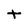
Character: t